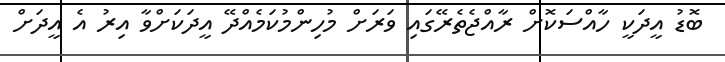
ބޮޑު އީދަކީ ހާއްސަކޮށް ރާއްޖެތެރޭގައި ވަރަށް މުހިންމުކަމެއްދޭ އީދަކަށްވާ އިރު އެ އީދަށް